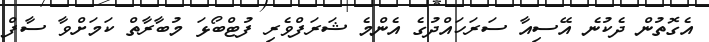
އެގޮތުން ދެކުނެ އޭސިއާ ސަރަހައްދުގެ އެންމެ ޝަރަފްވެރި ފުޓްބޯޅަ މުބާރާތް ކަމަށްވާ ސާފް